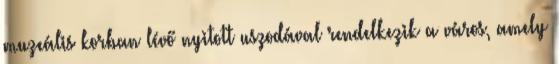
muzeális korban lévő nyitott uszodával rendelkezik a város, amely